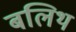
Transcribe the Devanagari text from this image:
बलिथ